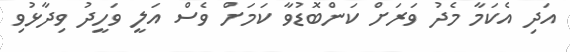
އަދި އެކަމާ މެދު ވަރަށް ކަންބޮޑުވާ ކަމަށް ވެސް އަލީ ވަހީދު ވިދާޅުވި